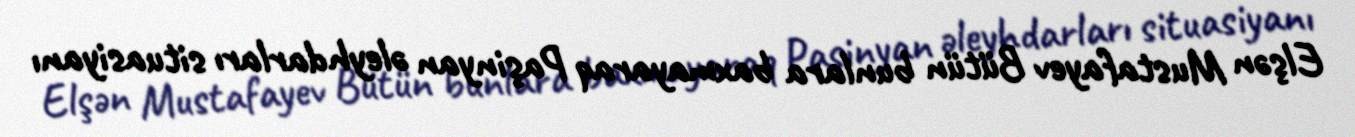
Elşən Mustafayev Bütün bunlara baxmayaraq Paşinyan əleyhdarları situasiyanı